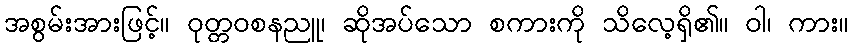
အစွမ်းအားဖြင့်။ ဝုတ္တဝစနညူ၊ ဆိုအပ်သော စကားကို သိလေ့ရှိ၏။ ဝါ၊ ကား။